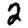
Digit: 2